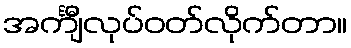
အင်္ကျီလုပ်ဝတ်လိုက်တာ။